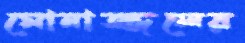
মোনাজ্জলের